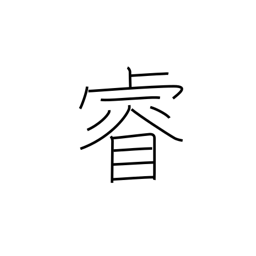
Meaning: intelligence